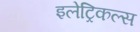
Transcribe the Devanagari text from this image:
इलेट्रिकल्स